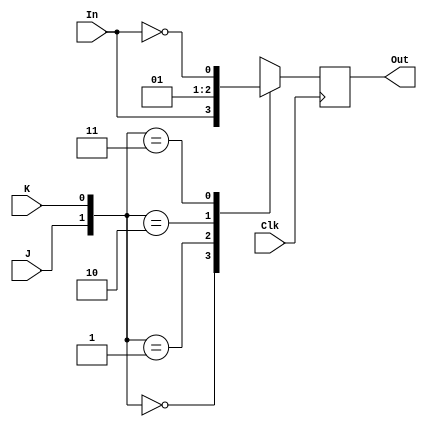
module JKflip(J, K, Out, In, Clk);
input J, K, Clk;
input In;
output reg Out;

always @ (posedge Clk) begin
case({J,K})
2'b00: Out = In;
2'b01: Out = 0;
2'b10: Out = 1;
2'b11: Out = ~In;
endcase
end
endmodule